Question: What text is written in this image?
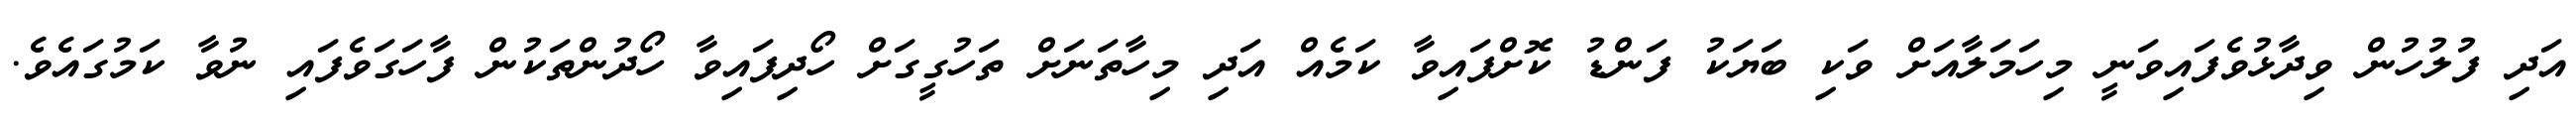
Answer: އަދި ފުލުހުން ވިދާޅުވެފައިވަނީ މިހަމަލާއަށް ވަކި ބަޔަކު ފަންޑު ކޮށްފައިވާ ކަމެއް އަދި މިހާތަނަށް ތަހުގީގަށް ހޯދިފައިވާ ހޯދުންތަކުން ފާހަގަވެފައި ނުވާ ކަމުގައެވެ.